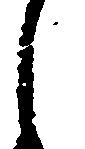
し